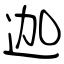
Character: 迦